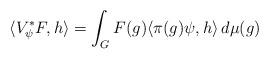
LaTeX: \begin{align*}\langle V^\ast_\psi F, h \rangle = \int_G F(g) \langle \pi(g)\psi, h \rangle \,d\mu(g)\end{align*}